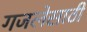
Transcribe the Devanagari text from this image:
गजलेसाठी